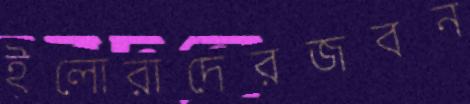
ইলোরাদেরজবন